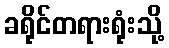
ခရိုင်တရားရုံးသို့